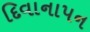
દિવાનાપન